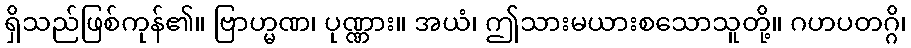
ရှိသည်ဖြစ်ကုန်၏။ ဗြာဟ္မဏ၊ ပုဏ္ဏား။ အယံ၊ ဤသားမယားစသောသူတို့။ ဂဟပတဂ္ဂိ၊